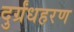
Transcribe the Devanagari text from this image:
दुर्ग्रंधहरण